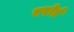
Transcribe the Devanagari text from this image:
स्पोर्ड